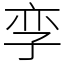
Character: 孪